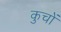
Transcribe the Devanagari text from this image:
कुचों